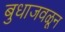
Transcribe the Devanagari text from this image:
बुधाजवळून